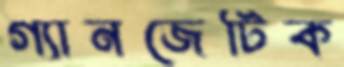
গ্যানজেটিক